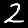
Label: 2